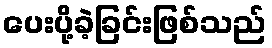
ပေးပို့ခဲ့ခြင်းဖြစ်သည်